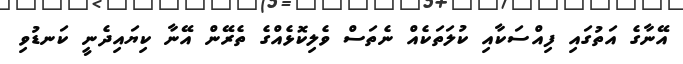
އޭނާގެ އަތުގައި ފިއްސަކާއި ކުލަތަކެއް ނެތަސް ވެލިކޮޅެއްގެ ތެރޭން އޭނާ ކިޔައިދެނީ ކަނޑުވި